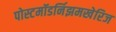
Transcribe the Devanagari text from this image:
पोस्टमॉडर्निझमखेरिज